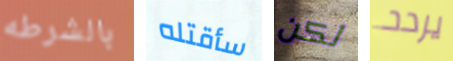
بالشرطه سأقتله لكن يردد